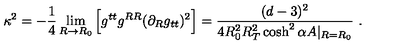
\kappa ^ { 2 } = - \frac { 1 } { 4 } \lim _ { R \rightarrow R _ { 0 } } \Big [ g ^ { t t } g ^ { R R } ( \partial _ { R } g _ { t t } ) ^ { 2 } \Big ] = \frac { ( d - 3 ) ^ { 2 } } { 4 R _ { 0 } ^ { 2 } R _ { T } ^ { 2 } \cosh ^ { 2 } \alpha A | _ { R = R _ { 0 } } } \ .